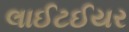
લાઈટઈયર